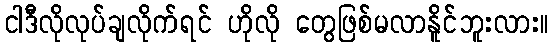
ငါဒီလိုလုပ်ချလိုက်ရင် ဟိုလို တွေဖြစ်မလာနိူင်ဘူးလား။